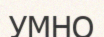
УМНО